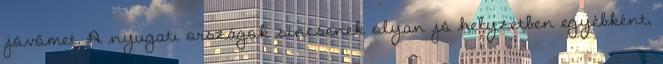
jövőmet. A nyugati országok sincsenek olyan jó helyzetben egyébként,